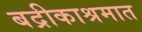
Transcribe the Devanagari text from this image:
बद्रीकाश्रमात